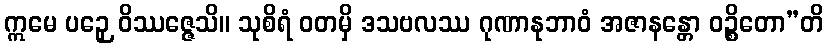
ဣမေ ပဉှေ ဝိဿဇ္ဇေသိ။ သုစိရံ ဝတမှိ ဒသဗလဿ ဂုဏာနုဘာဝံ အဇာနန္တော ဝဉ္စိတော”တိ